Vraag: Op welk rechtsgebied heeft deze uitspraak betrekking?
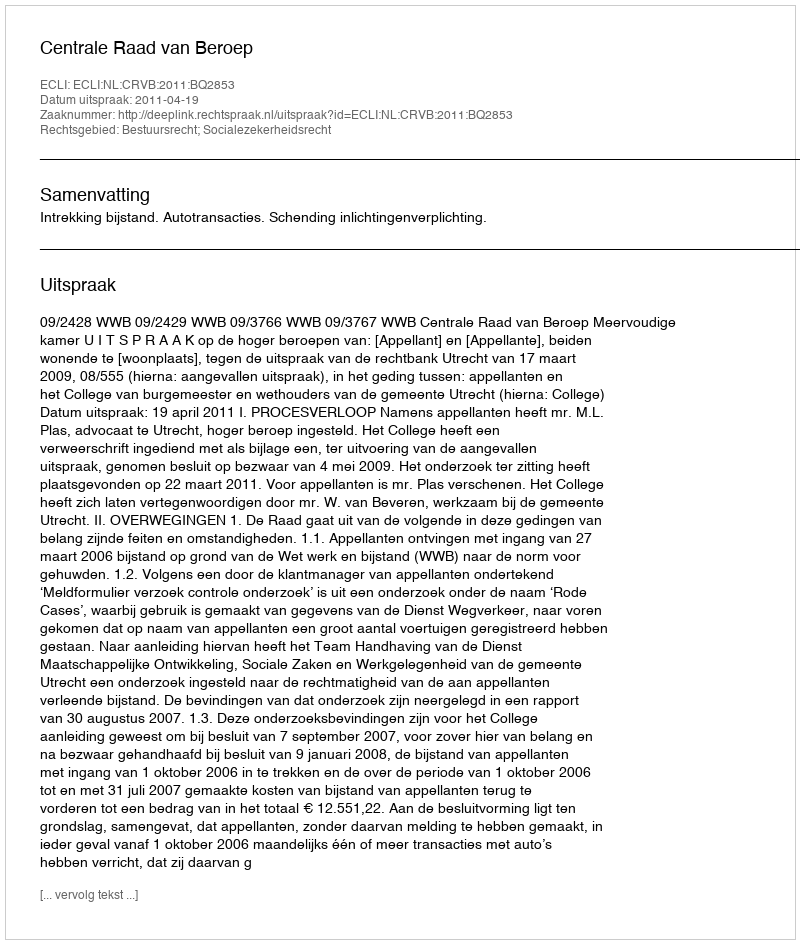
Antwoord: Bestuursrecht; Socialezekerheidsrecht